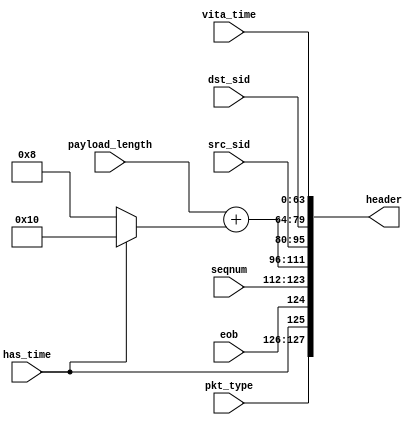
//
// Copyright 2016 Ettus Research
//
// Encodes CVITA packet header fields into a header word

module cvita_hdr_encoder (
  input [1:0] pkt_type, input eob, input has_time,
  input [11:0] seqnum,
  input [15:0] payload_length,
  input [15:0] src_sid, input [15:0] dst_sid,
  input [63:0] vita_time,
  output [127:0] header
);

  assign header = {pkt_type, has_time, eob, seqnum,
                   payload_length + (has_time ? 16'd16 : 16'd8),
                   src_sid, dst_sid, vita_time};

endmodule